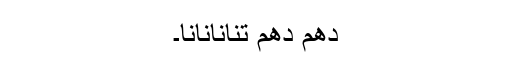
دھم دھم تنانانانا۔